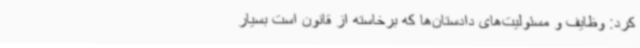
کرد: وظایف و مسئولیت‌های دادستان‌ها که برخاسته از قانون است بسیار